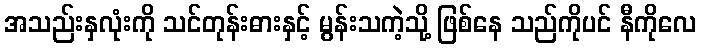
အသည်းနှလုံးကို သင်တုန်းဓားနှင့် မွန်းသကဲ့သို့ ဖြစ်နေ သည်ကိုပင် နီကိုလေ